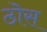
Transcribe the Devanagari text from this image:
ठॊस